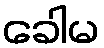
ခေါမ